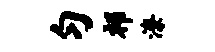
匀祁潦